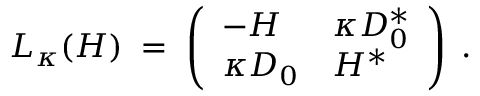
L _ { \kappa } ( H ) \; = \; \left( \begin{array} { l l } { - H } & { \kappa D _ { 0 } ^ { * } } \\ { \kappa D _ { 0 } } & { H ^ { * } } \end{array} \right) \; .